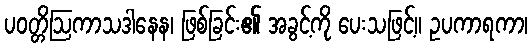
ပဝတ္တိဩကာသဒါနေန၊ ဖြစ်ခြင်း၏ အခွင့်ကို ပေးသဖြင့်။ ဥပကာရကာ၊